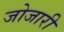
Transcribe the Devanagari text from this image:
जोजारी